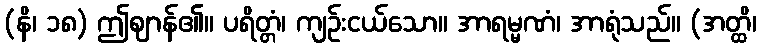
(နိ၊ ၁၈) ဤဈာန်၏။ ပရိတ္တံ၊ ကျဉ်းငယ်သော။ အာရမ္မဏံ၊ အာရုံသည်။ (အတ္ထိ၊